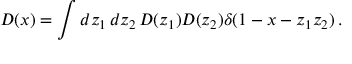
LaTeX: { \cal D } ( x ) = \int d z _ { 1 } \, d z _ { 2 } \, D ( z _ { 1 } ) D ( z _ { 2 } ) \delta ( 1 - x - z _ { 1 } z _ { 2 } ) \, .